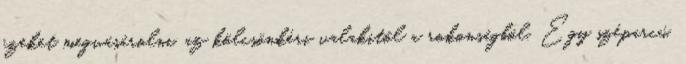
ezeket megvásárolni, az kölcsönkéri valakitől a rokonságból. Egy széparcú,